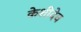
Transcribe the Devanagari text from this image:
केशीदेव